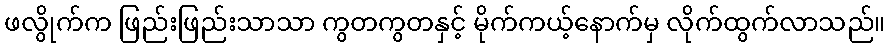
ဖလွိုက်က ဖြည်းဖြည်းသာသာ ကွတကွတနှင့် မိုက်ကယ့်နောက်မှ လိုက်ထွက်လာသည်။